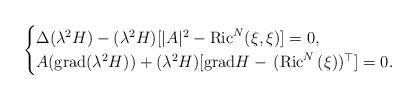
LaTeX: \begin{align*}\begin{cases}\Delta (\lambda^2 H )-(\lambda^2H)[|A|^2-{\rm Ric}^N(\xi,\xi)]=0,\\A({\rm grad} (\lambda^2 H))+ (\lambda^2 H) [{\rm grad}H- \,({\rm Ric}^N\,(\xi))^{\top}]=0.\end{cases}\end{align*}